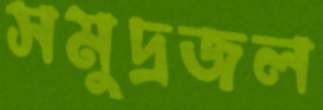
সমুদ্রজল